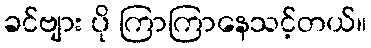
ခင်ဗျား ပို ကြာကြာနေသင့်တယ်။